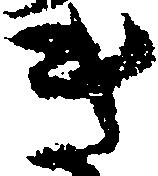
き